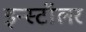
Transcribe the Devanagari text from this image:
इन्स्टॉलर